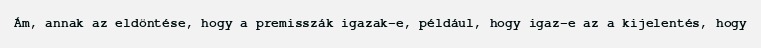
Ám, annak az eldöntése, hogy a premisszák igazak-e, például, hogy igaz-e az a kijelentés, hogy